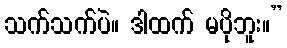
သက်သက်ပဲ။ ဒါထက် မပိုဘူး။”